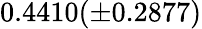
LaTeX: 0.4410(\pm 0.2877)